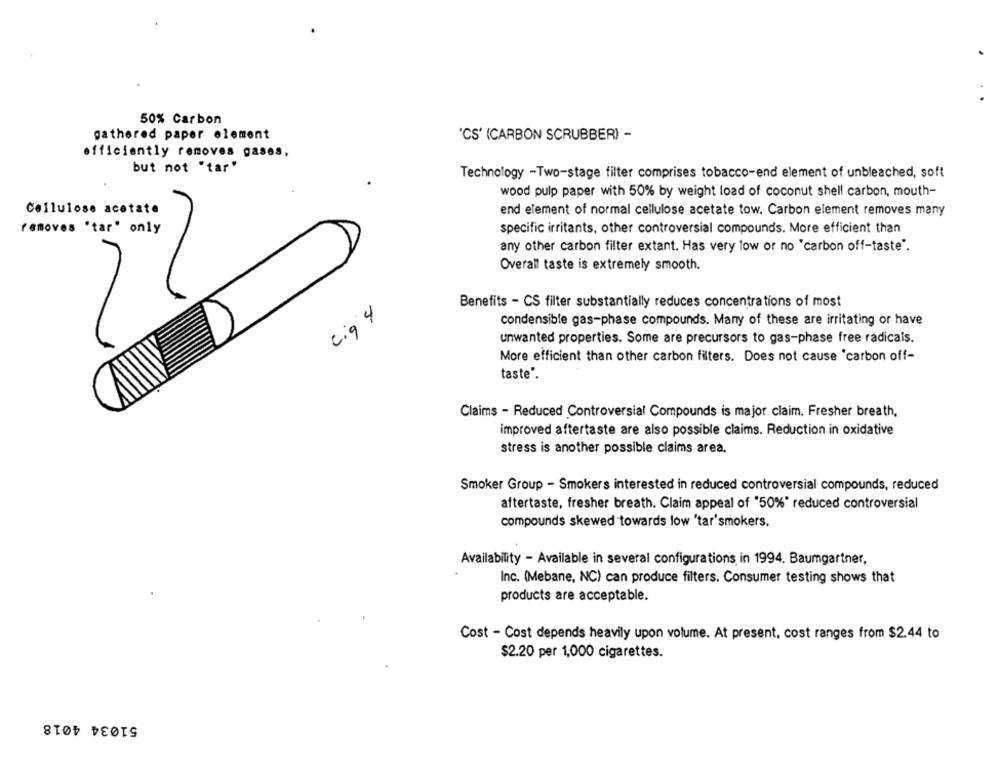
50% Carbon
gathered paper element
"CS' (CARBON SCRUBBER) -
efficiently removes gases,
but not "tar"
Technology -Two-stage filter comprises tobacco-end element of unbleached, soft
wood pulp paper with 50% by weight load of coconut shell carbon, mouth-
Cellulose acetate
end element of normal cellulose acetate tow. Carbon element removes many
removes 'tar" only
specific irritants, other controversial compounds. More efficient than
any other carbon filter extant. Has very low or no 'carbon off-taste".
Overall taste is extremely smooth.
Benefits - CS filter substantially reduces concentrations of most
ciq 4
condensible gas-phase compounds. Many of these are irritating or have
unwanted properties. Some are precursors to gas-phase free radicals.
More efficient than other carbon filters. Does not cause 'carbon off-
taste".
Claims - Reduced Controversial Compounds is major claim, Fresher breath,
improved aftertaste are also possible claims. Reduction in oxidative
stress is another possible claims area.
Smoker Group - Smokers interested in reduced controversial compounds, reduced
aftertaste, fresher breath. Claim appeal of '50%" reduced controversial
compounds skewed towards low 'tar'smokers.
Availability - Available in several configurations in 1994. Baumgartner,
Inc. (Mebane, NC) can produce filters. Consumer testing shows that
products are acceptable.
Cost - Cost depends heavily upon volume. At present, cost ranges from $2.44 to
$2.20 per 1,000 cigarettes.
51034 4018